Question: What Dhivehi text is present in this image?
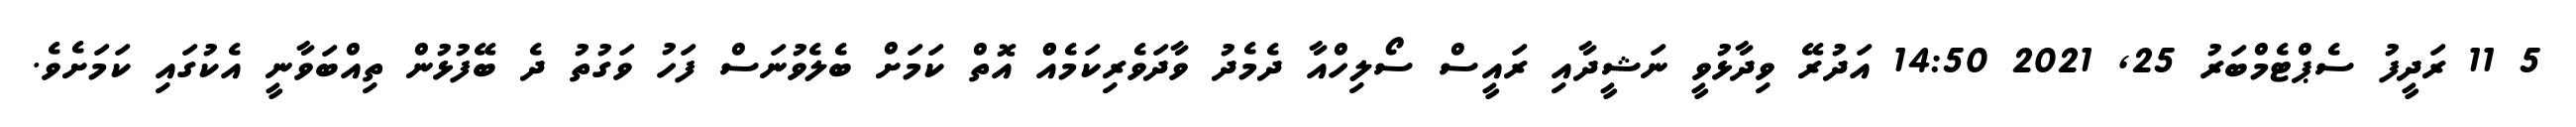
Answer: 5 11 ރަދީފު ސެޕްޓެމްބަރު 25, 2021 14:50 އަދުރޭ ވިދާޅުވީ ނަޝީދާއި ރައީސް ސޯލިހްއާ ދެމެދު ވާދަވެރިކަމެއްް އޮތް ކަމަށް ބެލެވުނަސް ފަހު ވަގުތު ދެ ބޭފުޅުން ތިއްބަވާނީ އެކުގައި ކަމަށެވެ.